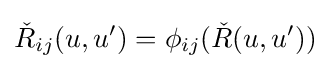
{\check {R}}_{ij}(u,u')=\phi _{ij}({\check {R}}(u,u'))